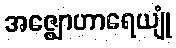
အဇ္ဈောဟာရေယျုံ